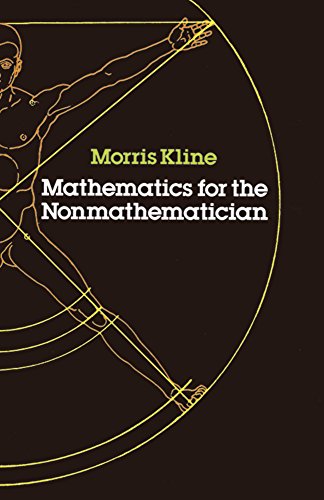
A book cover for Mathematics for the Nonmathematician (Dover Books on Mathematics); Morris Kline; Education & Teaching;